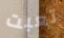
تعبت